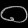
Digit: ၀